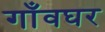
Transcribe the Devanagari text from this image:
गाँवघर